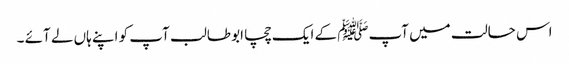
اس حالت میں آپﷺ کے ایک چچا ابو طالب آپ کو اپنے ہاں لے آئے ۔